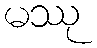
မဿု